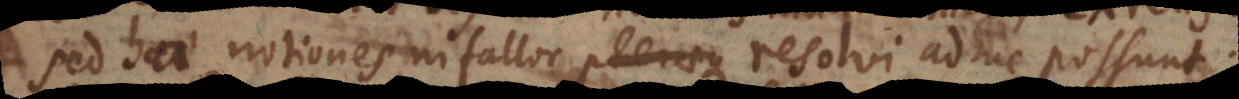
sed hae notiones ni fallor pleraeque resolvi adhuc possunt.